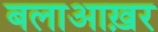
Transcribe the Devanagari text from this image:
बलाआख़र